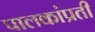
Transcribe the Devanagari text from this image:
पालकांप्रती